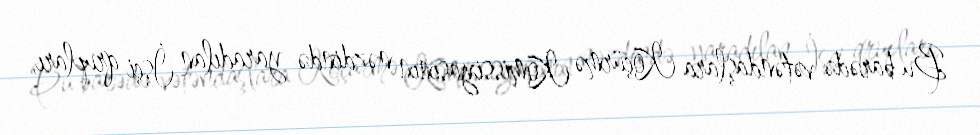
Bu barədə vətəndaşlara Köçürmə Komissiyasının nəzdində yaradılan İşçi qrupları,